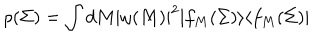
LaTeX: \rho ( \Sigma ) = \int d M | \omega ( M ) | ^ { 2 } | f _ { M } ( \Sigma ) \rangle \langle f _ { M } ( \Sigma ) |